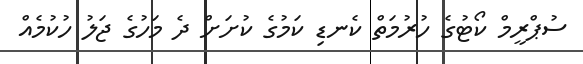
ސުޕްރީމް ކޯޓުގެ ހުރުމަތް ކެނޑި ކަމުގެ ކުށަށް ދެ މަހުގެ ޖަލު ހުކުމެއް